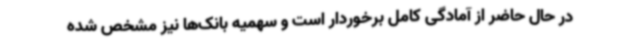
در حال حاضر از آمادگی کامل برخوردار است و سهمیه بانک‌ها نیز مشخص شده